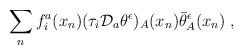
\begin{align*}\sum_n f^a_i (x_n)(\tau_i {\cal D}_a \theta^{\epsilon})_A(x_n) \bar\theta^{\epsilon}_A(x_n) \; ,\end{align*}